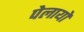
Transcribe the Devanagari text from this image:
पेलायो